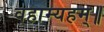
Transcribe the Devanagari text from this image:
वहाम्यहम्॥